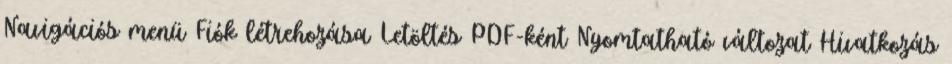
Navigációs menü Fiók létrehozása Letöltés PDF-ként Nyomtatható változat Hivatkozás